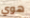
هوي